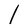
Character: l